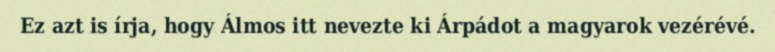
Ez azt is írja, hogy Álmos itt nevezte ki Árpádot a magyarok vezérévé.